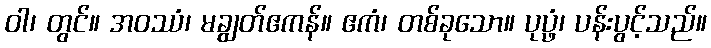
ဝါ၊ တွင်။ အဝဿံ၊ မချွတ်ဧကန်။ ဧကံ၊ တစ်ခုသော။ ပုပ္ဖံ၊ ပန်းပွင့်သည်။